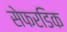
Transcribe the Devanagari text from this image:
सेफरडिक